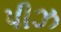
પીઝ